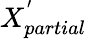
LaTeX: X_{partial}^{'}